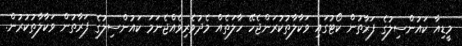
މީޑިއާ ކައުންސިލުގެ ފަރާތުން ކޯޓުގައި ވަކާލާތުކުރަންޖެހޭ ހާލަތެއް މެދުވެރިވެއްޖެނަމަ ކައުންސިލުގެ ފަރާތުން ވަކާލާތުކުރުން.